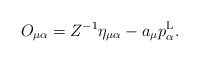
\begin{align*}O_{\mu\alpha}=Z^{-1}\eta_{\mu\alpha}-a_\mu p^{\rm L}_\alpha.\end{align*}